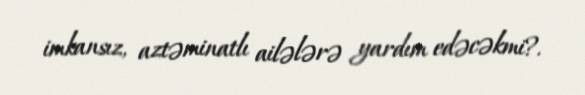
imkansız, aztəminatlı ailələrə yardım edəcəkmi?.